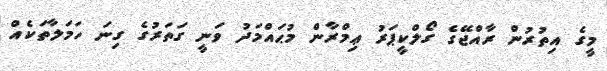
މީގެ އިތުރުން ރާއްޖޭގެ ގޯލްކީޕަރު ޢިމްރާން މުޙައްމަދު ވަނީ ގަތަރުގެ ގިނަ ހަމަލާތަކެއް